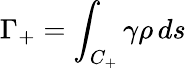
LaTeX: \Gamma_{+}=\int_{C_{+}}\gamma\rho\, ds